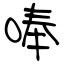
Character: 唪